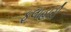
ફલાહારી